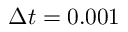
\Delta t = 0 . 0 0 1